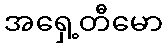
အရှေ့တီမော